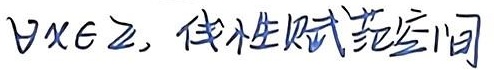
$\forall x\in \mathbb{Z}$，线性赋范空间